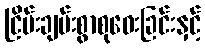
ငြိမ်းချမ်းစွာစုဝေးခြင်းနှင့်